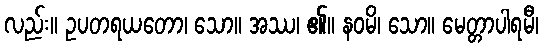
လည်း။ ဥပတရယတော၊ သော။ အဿ၊ ၏။ နဝမိ၊ သော။ မေတ္တာပါရမီ၊